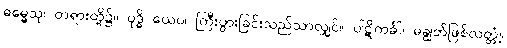
ဓမ္မေသု၊ တရားတို့၌။ ဝုဒ္ဓိ ယေဝ၊ ကြီးပွားခြင်းသည်သာလျှင်။ ပါဋိကင်္ခါ၊ မချွတ်ဖြစ်လတ္တံ့။